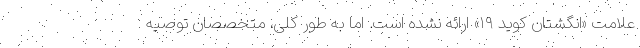
علامت «انگشتان کوید ۱۹» ارائه نشده است. اما به طور کلی، متخصصان توصیه